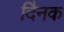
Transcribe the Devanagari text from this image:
दैिनक